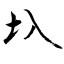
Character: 圦